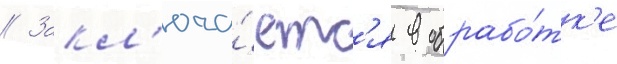
// Закл'юча́етс'я в обрабо́тк'е